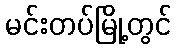
မင်းတပ်မြို့တွင်